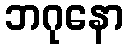
ဘဂုနော